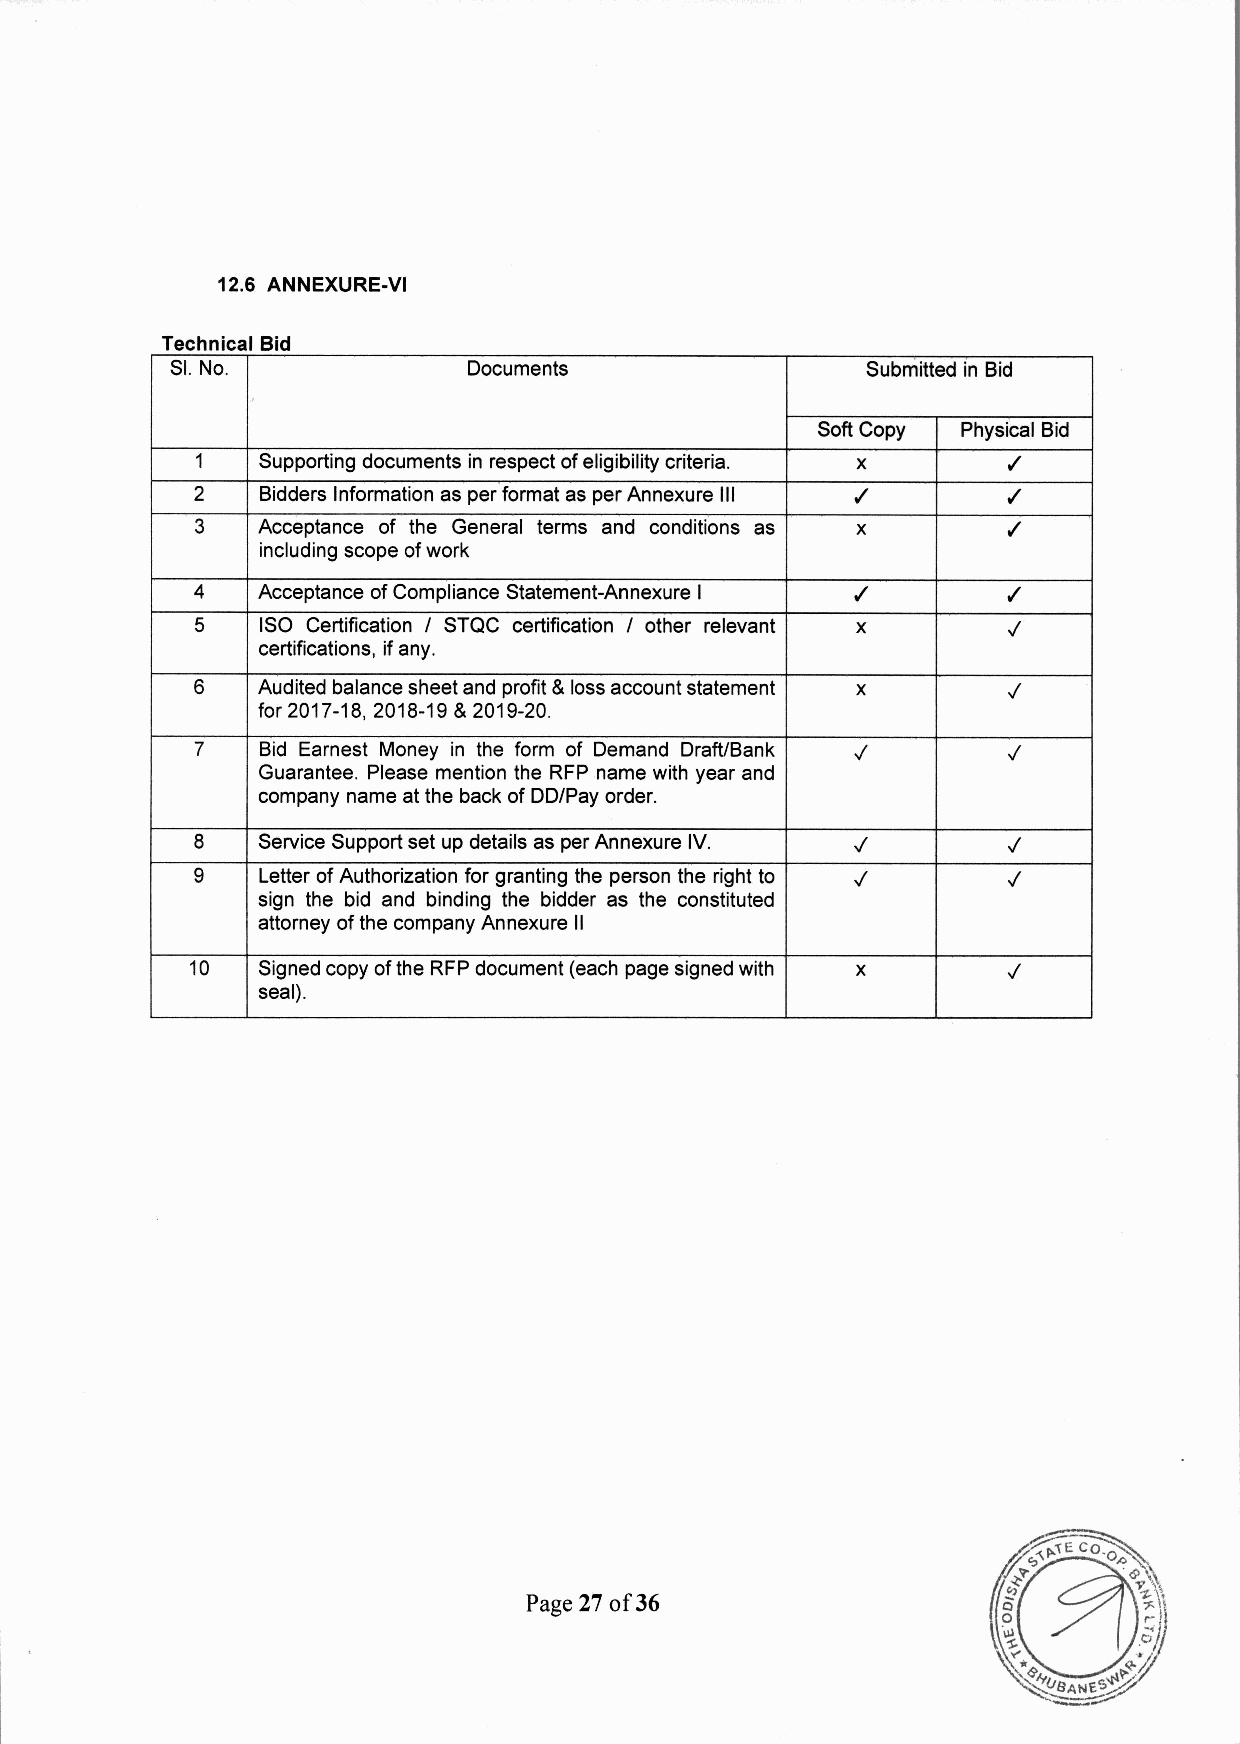
12.6 ANNEXURE-VI
 TechnicalBid
 SI.No.              Documents                 Submitted in Bid
 Soft Copy Physical Bid
 1   Supporting documents in respect of eligibility criteria. x ./
 2   Bidders Information as per format as per Annexure III ./ ./
 3   Acceptance of the General terms and conditions as x ./
 including scope of work
 4   Acceptance of Compliance Statement-Annexure I ./  ./
 5   ISO Certification / STQC certification' / other relevant x .;
 certifications, ifany.
 6   Audited balance sheet and profit & loss account statement x .;
 for 2017-18,2018-19 & 2019-20.
 7   Bid Earnest Money in the form of Demand Draft/Bank .; .;
 Guarantee. Please mention the RFP name with year and
 company name at the back of DO/Pay order.
 8   Service Support set up details as per Annexure IV. .; .;
 9   Letter of Authorization for granting the person the right to .r .;
 sign the bid and binding the bidder as the constituted
 attorney of the company Annexure II
 10  Signed copy ofthe RFP document (each page signed with x .;
 seal).
 Page27of36